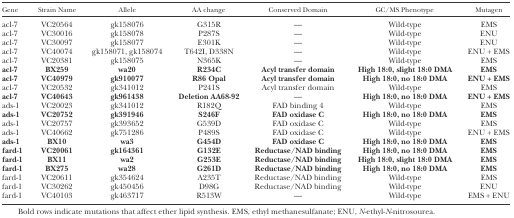
<table><thead><tr><td><b>Gene</b></td><td><b>Strain Name</b></td><td><b>Allele</b></td><td><b>AA change</b></td><td><b>Conserved Domain</b></td><td><b>GC/MS Phenotype</b></td><td><b>Mutagen</b></td></tr></thead><tbody><tr><td>acl-7</td><td>VC20564</td><td>gk158076</td><td>G315R</td><td>—</td><td>Wild-type</td><td>EMS</td></tr><tr><td>acl-7</td><td>VC30016</td><td>gk158078</td><td>P287S</td><td>—</td><td>Wild-type</td><td>ENU</td></tr><tr><td>acl-7</td><td>VC30097</td><td>gk158077</td><td>E301K</td><td>—</td><td>Wild-type</td><td>ENU</td></tr><tr><td>acl-7</td><td>VC40074</td><td>gk158071, gk158074</td><td>T642I, D338N</td><td>—</td><td>Wild-type</td><td>ENU + EMS</td></tr><tr><td>acl-7</td><td>VC20381</td><td>gk158075</td><td>N365K</td><td>—</td><td>Wild-type</td><td>EMS</td></tr><tr><td><b>acl-7</b></td><td><b>BX259</b></td><td><b>wa20</b></td><td><b>R234C</b></td><td><b>Acyl transfer domain</b></td><td><b>High 18:0, slight 18:0 DMA</b></td><td><b>EMS</b></td></tr><tr><td><b>acl-7</b></td><td><b>VC40979</b></td><td><b>gk910077</b></td><td><b>R86 Opal</b></td><td><b>Acyl transfer domain</b></td><td><b>High 18:0, no 18:0 DMA</b></td><td><b>ENU + EMS</b></td></tr><tr><td>acl-7</td><td>VC20532</td><td>gk341012</td><td>P241S</td><td>Acyl transfer domain</td><td>Wild-type</td><td>EMS</td></tr><tr><td><b>acl-7</b></td><td><b>VC40643</b></td><td><b>gk961438</b></td><td><b>Deletion AA68-92</b></td><td>—</td><td><b>High 18:0, no 18:0 DMA</b></td><td><b>ENU + EMS</b></td></tr><tr><td>ads-1</td><td>VC20023</td><td>gk341012</td><td>R182Q</td><td>FAD binding 4</td><td>Wild-type</td><td>EMS</td></tr><tr><td><b>ads-1</b></td><td><b>VC20752</b></td><td><b>gk391946</b></td><td><b>S246F</b></td><td><b>FAD oxidase C</b></td><td><b>High 18:0, no 18:0 DMA</b></td><td><b>EMS</b></td></tr><tr><td>ads-1</td><td>VC20757</td><td>gk393652</td><td>G539D</td><td>FAD oxidase C</td><td>Wild-type</td><td>EMS</td></tr><tr><td>ads-1</td><td>VC40662</td><td>gk751286</td><td>P489S</td><td>FAD oxidase C</td><td>Wild-type</td><td>ENU + EMS</td></tr><tr><td><b>ads-1</b></td><td><b>BX10</b></td><td><b>wa3</b></td><td><b>G454D</b></td><td><b>FAD oxidase C</b></td><td><b>High 18:0, no 18:0 DMA</b></td><td><b>EMS</b></td></tr><tr><td><b>fard-1</b></td><td><b>VC20061</b></td><td><b>gk164361</b></td><td><b>G132E</b></td><td><b>Reductase/NAD binding</b></td><td><b>High 18:0, no 18:0 DMA</b></td><td><b>EMS</b></td></tr><tr><td><b>fard-1</b></td><td><b>BX11</b></td><td><b>wa2</b></td><td><b>G253E</b></td><td><b>Reductase/NAD binding</b></td><td><b>High 18:0, slight 18:0 DMA</b></td><td><b>EMS</b></td></tr><tr><td><b>fard-1</b></td><td><b>BX275</b></td><td><b>wa28</b></td><td><b>G261D</b></td><td><b>Reductase/NAD binding</b></td><td><b>High 18:0, no 18:0 DMA</b></td><td><b>EMS</b></td></tr><tr><td>fard-1</td><td>VC20611</td><td>gk354624</td><td>A235T</td><td>Reductase/NAD binding</td><td>Wild-type</td><td>EMS</td></tr><tr><td>fard-1</td><td>VC30262</td><td>gk450456</td><td>D98G</td><td>Reductase/NAD binding</td><td>Wild-type</td><td>ENU</td></tr><tr><td>fard-1</td><td>VC40103</td><td>gk463717</td><td>R513W</td><td>—</td><td>Wild-type</td><td>EMS + ENU</td></tr><tr><td colspan="7">Bold rows indicate mutations that affect ether lipid synthesis. EMS, ethyl methanesulfanate; ENU, <i>N</i>-ethyl-<i>N</i>-nitrosourea.</td></tr></tbody></table>